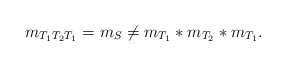
\begin{align*}m_{T_1T_2T_1}=m_S\not=m_{T_1}\ast m_{T_2}\ast m_{T_1}.\end{align*}